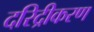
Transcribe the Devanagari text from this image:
दरिद्रीकरण